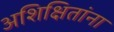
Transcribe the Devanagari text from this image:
अशिक्षितांना